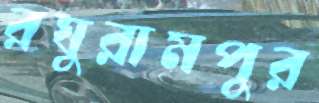
রঘুরামপুর